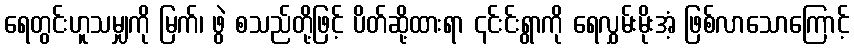
ရေတွင်းဟူသမျှကို မြက်၊ ဖွဲ စသည်တို့ဖြင့် ပိတ်ဆို့ထားရာ ၎င်းင်းရွာကို ရေလွှမ်းမိုးအံ့ ဖြစ်လာသောကြောင့်